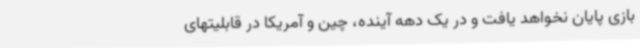
بازی پایان نخواهد یافت و در یک دهه آینده، چین و آمریکا در قابلیتهای